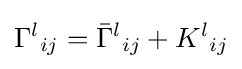
{\Gamma ^{l}}_{ij}={\bar {\Gamma }}^{l}{}{}_{ij}+{K^{l}}_{ij}